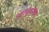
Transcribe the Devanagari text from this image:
च्यासुमारास